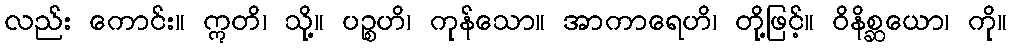
လည်း ကောင်း။ ဣတိ၊ သို့။ ပဉ္စဟိ၊ ကုန်သော။ အာကာရေဟိ၊ တို့ဖြင့်။ ဝိနိစ္ဆယော၊ ကို။